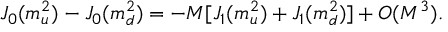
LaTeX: J _ { 0 } ( m _ { u } ^ { 2 } ) - J _ { 0 } ( m _ { d } ^ { 2 } ) = - M [ J _ { 1 } ( m _ { u } ^ { 2 } ) + J _ { 1 } ( m _ { d } ^ { 2 } ) ] + { \cal O } ( M ^ { 3 } ) .